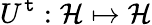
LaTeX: U^{\mathtt{t}}:\mathcal{H}\mapsto\mathcal{H}